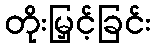
တိုးမြှင့်ခြင်း